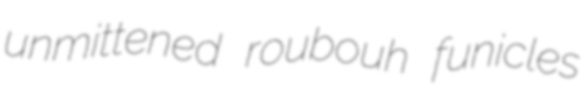
unmittened roubouh funicles